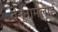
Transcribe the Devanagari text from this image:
वेन्नामलाई